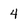
Character: 4